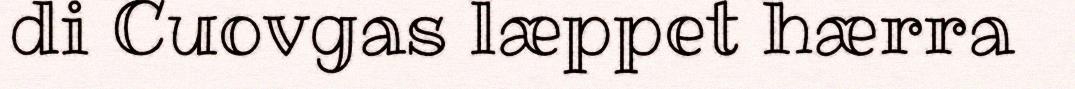
di Cuovgas læppet hærra